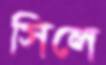
সিলে